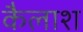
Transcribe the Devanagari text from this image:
कैलाश